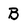
Character: B